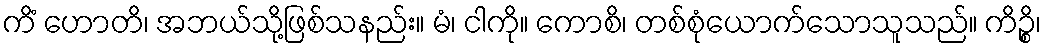
ကိံ ဟောတိ၊ အဘယ်သို့ဖြစ်သနည်း။ မံ၊ ငါကို။ ကောစိ၊ တစ်စုံယောက်သောသူသည်။ ကိဉ္စိ၊